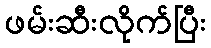
ဖမ်းဆီးလိုက်ပြီး